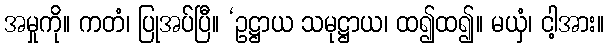
အမှုကို။ ကတံ၊ ပြုအပ်ပြီ။ ‘ဥဋ္ဌာယ သမုဋ္ဌာယ၊ ထ၍ထ၍။ မယှံ၊ ငါ့အား။